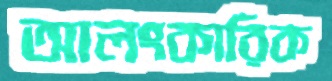
আলংকারিক